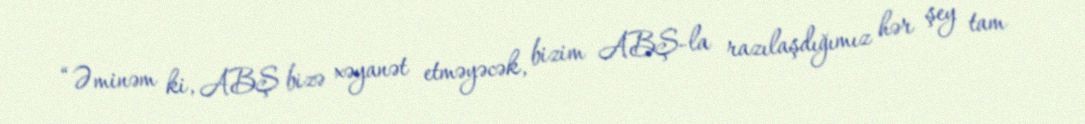
“Əminəm ki, ABŞ bizə xəyanət etməyəcək, bizim ABŞ-la razılaşdığımız hər şey tam